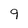
Character: 9